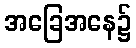
အခြေအနေ၌